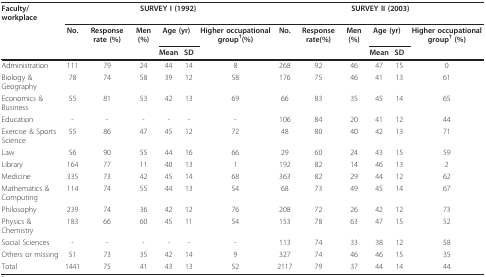
| Faculty/workplace | <COLSPAN=6> SURVEY I (1992) | <COLSPAN=6> SURVEY II (2003) |
 |  | No. | Response rate (%) | Men (%) | <COLSPAN=2> Age (yr) | Higher occupational group†(%) | No. | Response rate(%) | Men (%) | <COLSPAN=2> Age (yr) | Higher occupational group† (%) |
 |  |  |  |  | Mean | SD |  |  |  |  | Mean | SD |  |
 | --- | --- | --- | --- | --- | --- | --- | --- | --- | --- | --- | --- | --- |
 | Administration | 111 | 79 | 24 | 44 | 14 | 8 | 268 | 92 | 46 | 47 | 15 | 0 |
 | Biology & Geography | 78 | 74 | 58 | 39 | 12 | 58 | 176 | 75 | 46 | 41 | 13 | 61 |
 | Economics & Business | 55 | 81 | 53 | 42 | 13 | 69 | 66 | 83 | 35 | 45 | 14 | 65 |
 | Education | - | - | - | - | - | - | 106 | 84 | 20 | 41 | 12 | 44 |
 | Exercise & Sports Science | 55 | 86 | 47 | 45 | 12 | 72 | 48 | 80 | 40 | 42 | 13 | 71 |
 | Law | 56 | 90 | 55 | 44 | 16 | 66 | 29 | 60 | 24 | 43 | 15 | 59 |
 | Library | 164 | 77 | 11 | 40 | 13 | 1 | 192 | 82 | 14 | 46 | 13 | 2 |
 | Medicine | 335 | 73 | 42 | 45 | 14 | 68 | 363 | 82 | 29 | 44 | 12 | 62 |
 | Mathematics & Computing | 114 | 74 | 55 | 44 | 13 | 54 | 68 | 73 | 49 | 45 | 14 | 67 |
 | Philosophy | 239 | 74 | 36 | 42 | 12 | 76 | 208 | 72 | 26 | 42 | 12 | 73 |
 | Physics & Chemistry | 183 | 66 | 60 | 45 | 11 | 54 | 153 | 78 | 63 | 47 | 15 | 52 |
 | Social Sciences | - | - | - | - | - | - | 113 | 74 | 33 | 38 | 12 | 58 |
 | Others or missing | 51 | 73 | 35 | 42 | 14 | 9 | 327 | 74 | 46 | 46 | 15 | 35 |
 | Total | 1441 | 75 | 41 | 43 | 13 | 52 | 2117 | 79 | 37 | 44 | 14 | 44 |